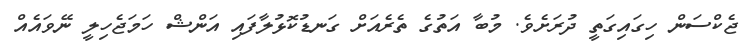
ޖެކްސަން ހިގައިގަތީ ދުރަށެވެ. މުބާ އަތުގެ ތެރެއަށް ގަނޑުކޮޅުލާފައި އަންޝް ހަމަޖެހިލީ ނޭވައެއް